Calcutta medical institutions reports 1871-78
Year: 1871
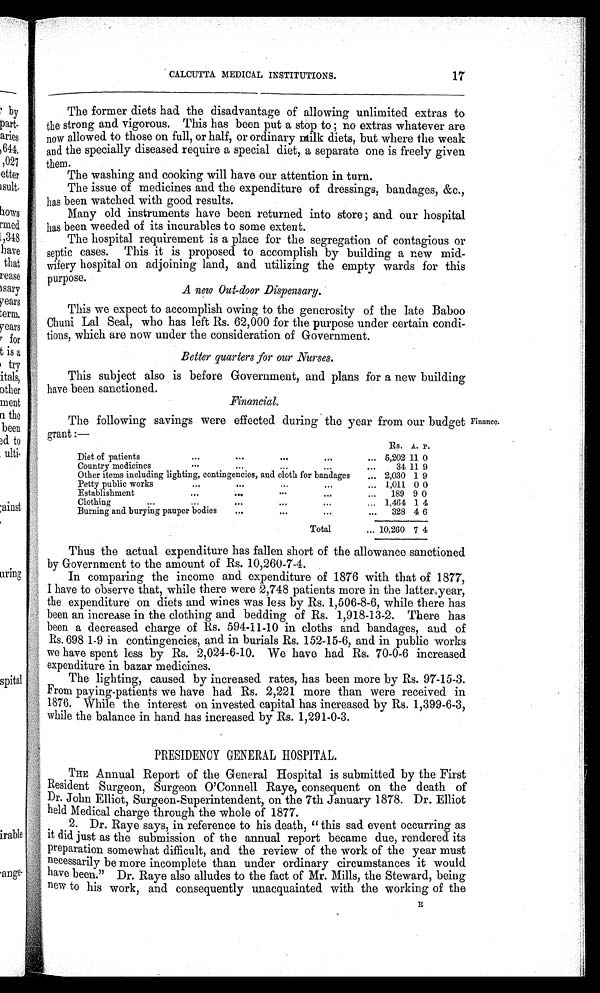
CALCUTTA MEDICAL INSTITUTIONS.
17
The former diets had the disadvantage of allowing unlimited extras to
the strong and vigorous. This has been put a stop to; no extras whatever are
now allowed to those on full, or half, or ordinary milk diets, but where the weak
and the specially diseased require a special diet, a separate one is freely given
them.
The washing and cooking will have our attention in turn.
The issue of medicines and the expenditure of dressings, bandages, &c.,
has been watched with good results.
Many old instruments have been returned into store; and our hospital
has been weeded of its incurables to some extent.
The hospital requirement is a place for the segregation of contagious or
septic cases. This it is proposed to accomplish by building a new mid-
wifery hospital on adjoining land, and utilizing the empty wards for this
purpose.
A new Out-door Dispensary.
This we expect to accomplish owing to the generosity of the late Baboo
Chuni Lal Seal, who has left Rs. 62,000 for the purpose under certain condi-
tions, which are now under the consideration of Government.
Better quarters for our Nurses.
This subject also is before Government, and plans for a new building
have been sanctioned.
Financial.
The following savings were effected during the year from our budget
grant :—
Rs. A. P.
Diet of patients
...
. . .
. . ..
. .
5,202 11 0
Country medicines
. . .
...
...
...
...
34 11 9
Other items including lighting, contingencies, and cloth for bandages
...
2,030 1 9
Petty public works.
. . .
...
...
...
1,011 0 0
Establishment
. . .
•••
. . .
...
189 9 0
Clothing
...
...
. . .
...
... 1,464 1 4
Burning and burying pauper bodies
...
...
...
...
328 4 6
Total
... 10,260 7 4
Thus the actual expenditure has fallen short of the allowance sanctioned
by Government to the amount of Rs. 10,260-7-4.
In comparing the income and expenditure of 1876 with that of 1877,
I have to observe that, while there were 2,748 patients more in the latter year,
the expenditure on diets and wines was less by Rs. 1,506-8-6, while there has
been an increase in the clothing and bedding of Rs. 1,918-13-2. There has
been a decreased charge of Rs. 594-11-10 in cloths and bandages, and of
Rs. 698 1-9 in contingencies, and in burials Rs. 152-15-6, and in public works
we have spent less by Rs. 2,024-6-10. We have had Rs. 70-0-6 increased
expenditure in bazar medicines.
The lighting, caused by increased rates, has been more by Rs. 97-15-3.
From paying-patients we have had Rs. 2,221 more than were received in
1876. While the interest on invested capital has increased by Rs. 1,399-6-3,
while the balance in hand has increased by Rs. 1,291-0-3.
PRESIDENCY GENERAL HOSPITAL.
THE Annual Report of the General Hospital is submitted by the First
Resident Surgeon, Surgeon O'Connell Raye, consequent on the death of
Dr. John Elliot, Surgeon-Superintendent, on the 7th January 1878. Dr. Elliot
held Medical charge through the whole of 1877.
2. Dr. Raye says, in reference to his death, "this sad event occurring as
it did just as the submission of the annual report became due, rendered its
preparation somewhat difficult, and the review of the work of the year must
n ecessarily be more incomplete than under ordinary circumstances it would
have been." Dr. Raye also alludes to the fact of Mr. Mills, the Steward, being
new to his work, and consequently unacquainted with the working of the
Finance.